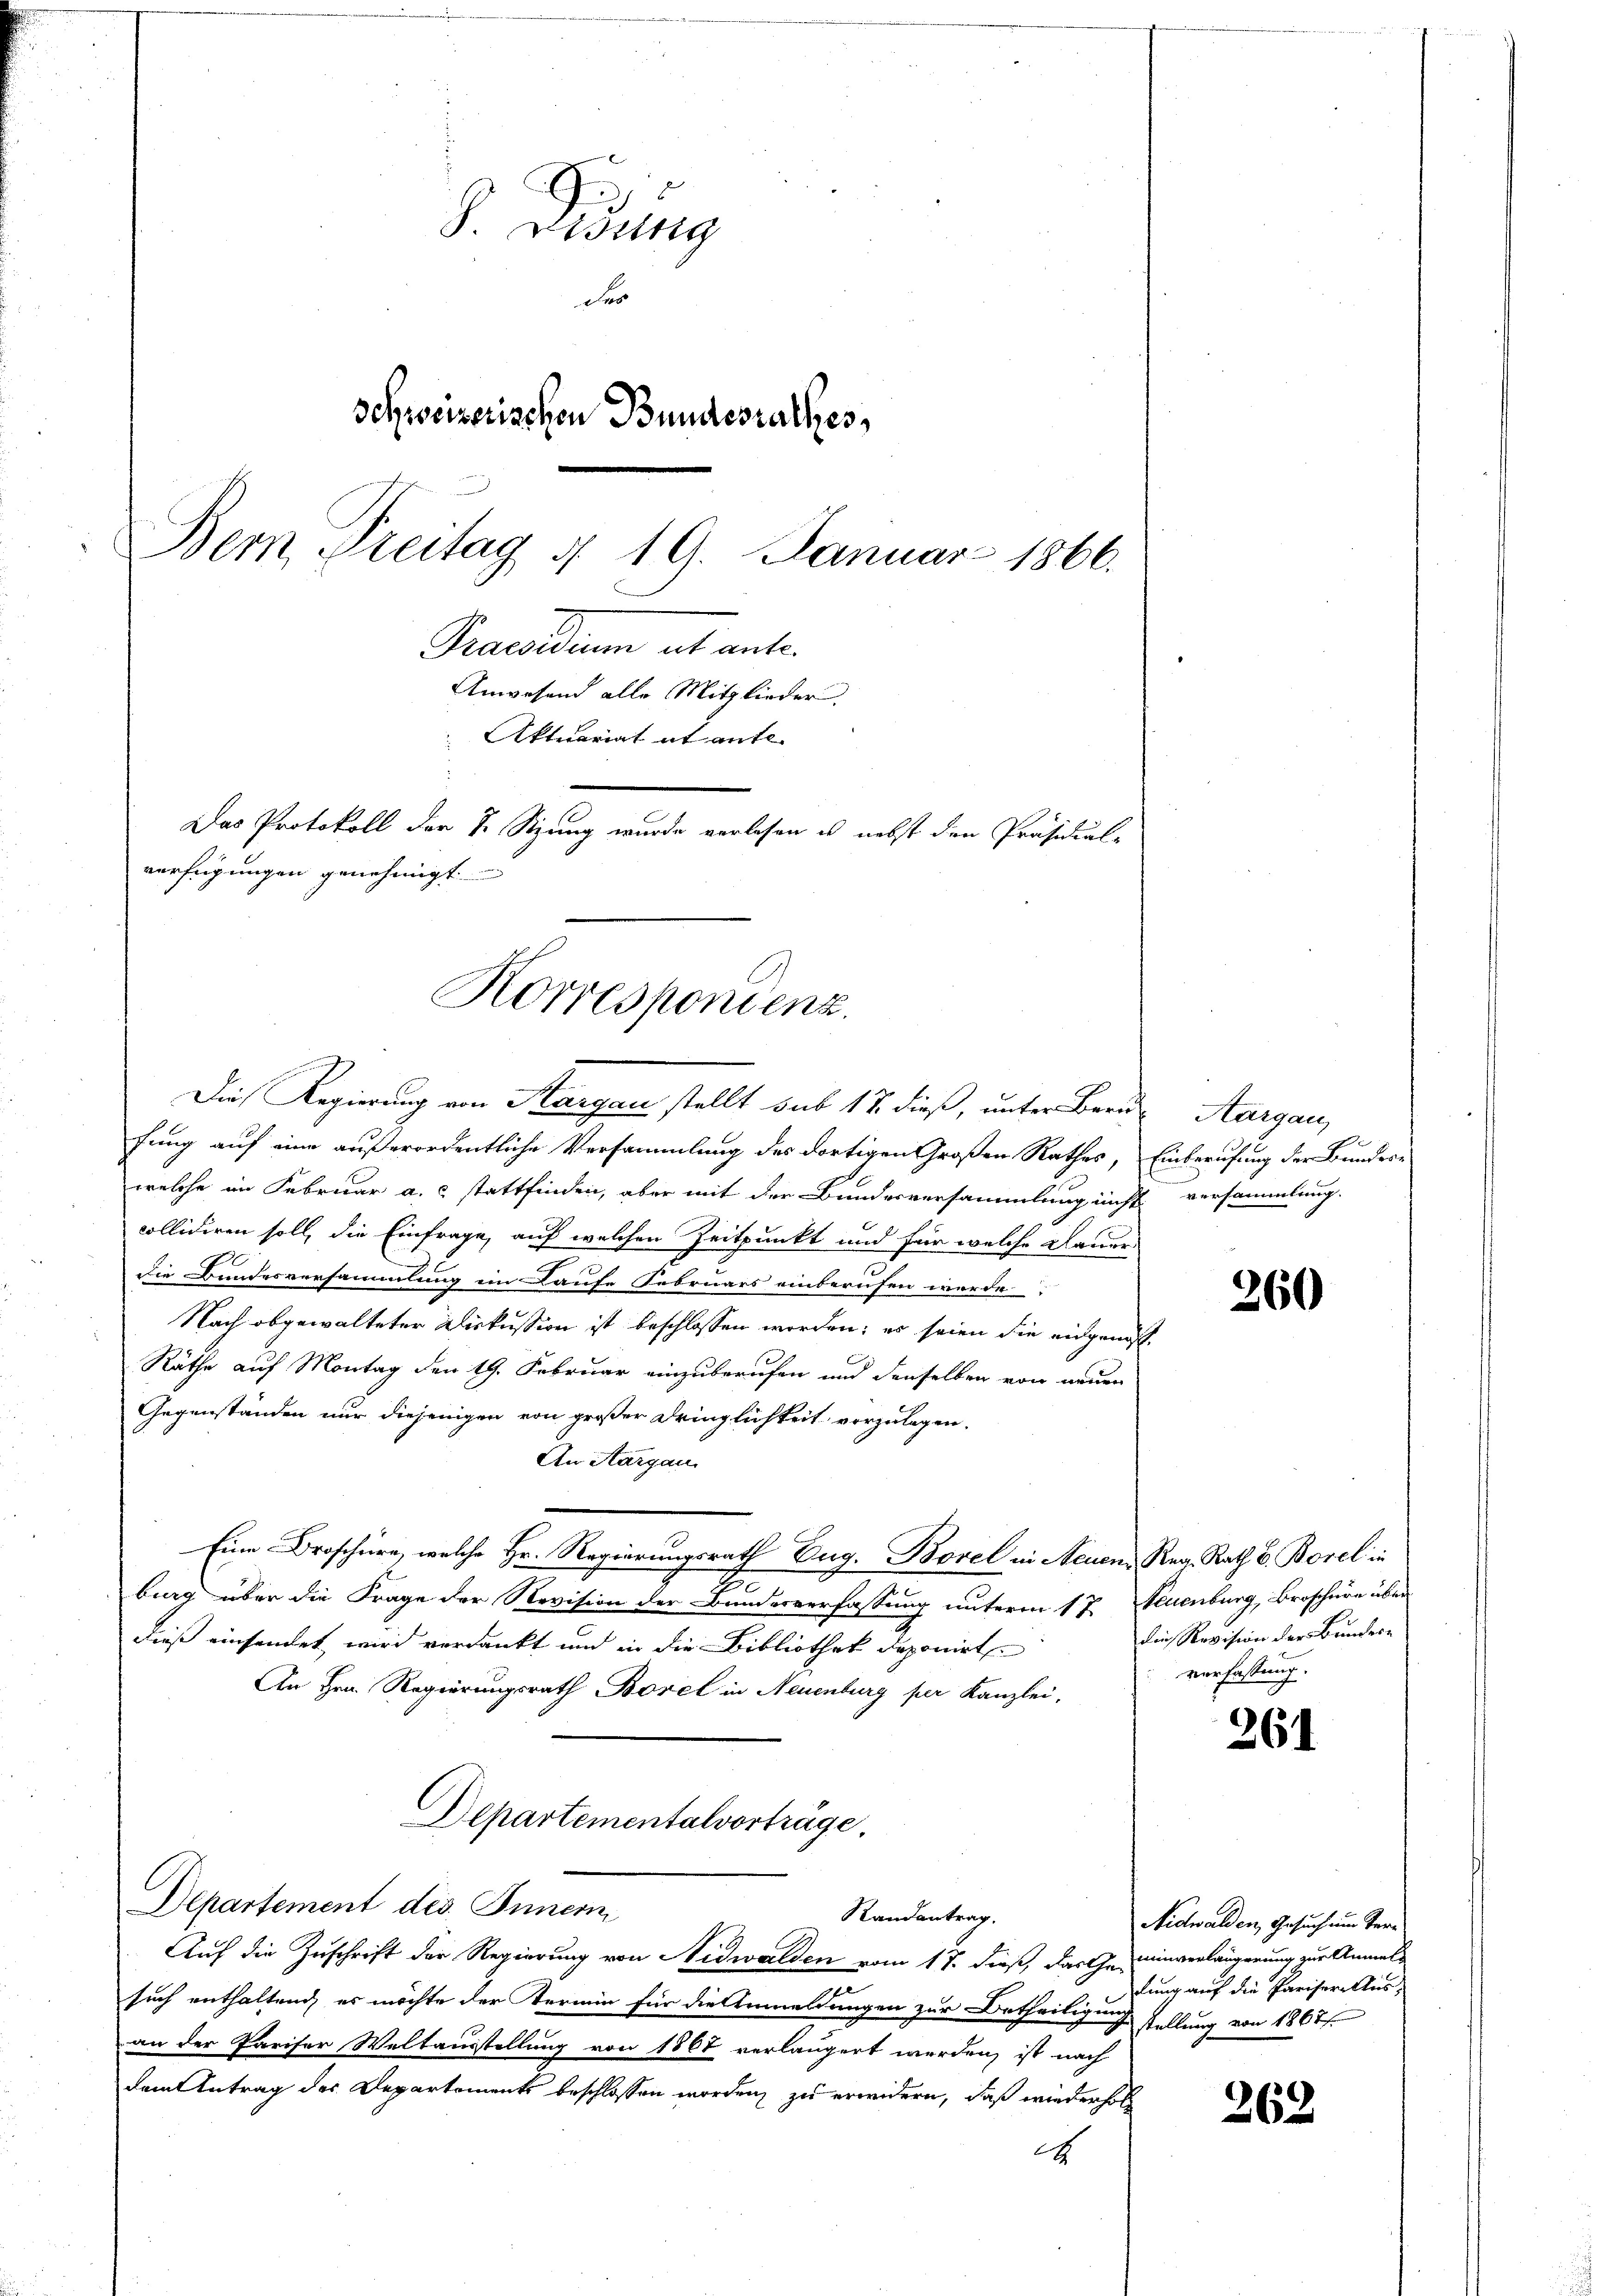
S. Visung
F
schweizerischen Bundesrathes,
Bern Freitag § 19. Januar 1866.
Praesidium ab ante.
Anwesend alle Mitglieder.
Aktuariat et ante-
Das Protokoll der S. Sitzung wurde verlesen u. nebst den Präsidial-
verfügungen genehmigt.

Korrespondenz.

Die Regierung von Sargau stellt sub 12 dieß, unter Berufung auf eine außerordentliche Versammlung des dortigen Großen Rathes, Einberufung der Bundere
welche im Februar a. c stattfinden, aber mit der Bundesversammlung nicht
collidiren soll, die Einfrage, auf welchen Zeitpunkt und für welche Dauer-
die Bundesversammlung ein Laufe Februars einberufen werde
Nach abgewalteter Diskussion ist beschlossen worden; es seien die eidgenos¬
Räthe auf Montag den 19. Februar einzuberufen und denselben von neuen
Gegenständen nur diejenigen von großer Dringlichkeit vorzulegen,
An Aargau
Eine Droschüre, welche Hr. Regierungsrath Eug. Borel in Neuen Reg. Rath E. Borel in
.
bung über die Frage der Revision der Bundesverfassung unterm 17. Neuenburg, Broschüre über
dieß einsendet wird verdankt und in die Bibliothek deponirt
An Hrn. Regierungsrath Borel in Neuenburg per Kanzlei,
Departementalvorträge.
Departement des Innern
Randantrag.
Auf die Zuschrift der Regierung von Nidwalden vom 17. dieß, das Ge- einverlängerung zur Anmel¬
u
such enthaltend, es möchte der Termin für die Anmeldungen zur Betheiligung stellung von 1807 f
an der Pariser Weltausstellung von 1867 verlängert werden, ist nach
dem Antrag des Departements beschlossen worden, zu erwidern, daß wiederhol
d

Aargau,
versammlung.

260

die Revision der Bundere
verfassung.

261

Nidwalden, Gesuch um Verdung auf die Pariser Aus-

262